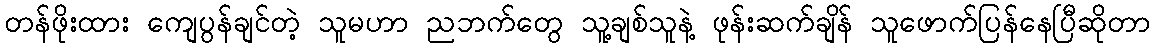
တန်ဖိုးထား ကျေပွန်ချင်တဲ့ သူမဟာ ညဘက်တွေ သူ့ချစ်သူနဲ့ ဖုန်းဆက်ချိန် သူဖောက်ပြန်နေပြီဆိုတာ